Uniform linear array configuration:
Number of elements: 24
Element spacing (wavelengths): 1
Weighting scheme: binomial
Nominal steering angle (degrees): -15
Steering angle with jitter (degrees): -15.4
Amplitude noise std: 0.05
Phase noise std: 0.05

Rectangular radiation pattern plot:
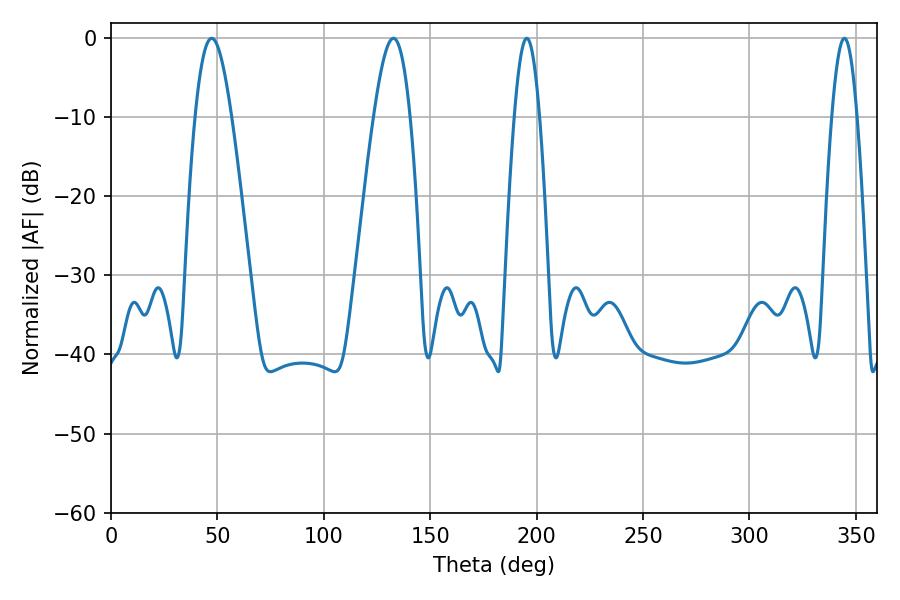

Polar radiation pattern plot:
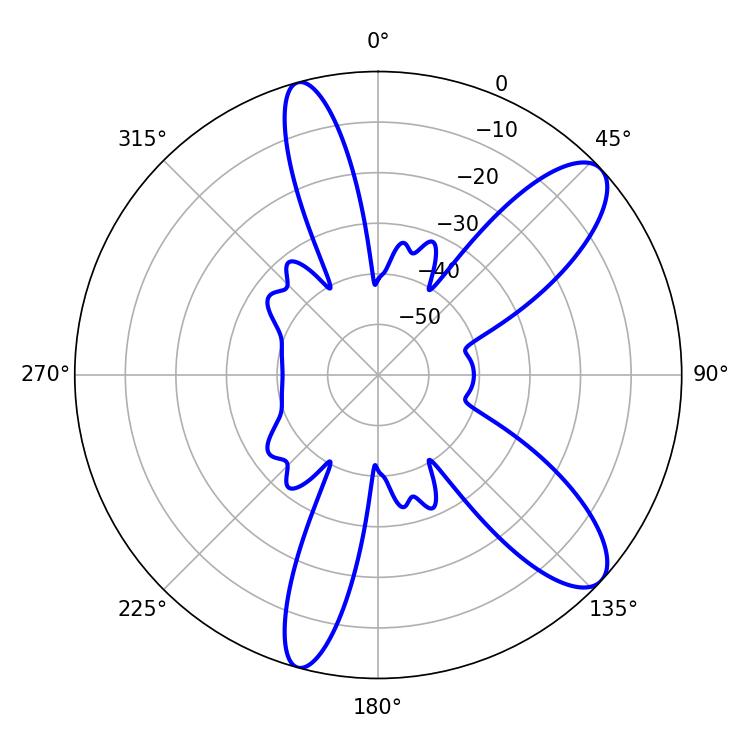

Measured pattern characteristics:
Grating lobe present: TRUE
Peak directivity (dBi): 10.12
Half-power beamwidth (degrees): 9.36
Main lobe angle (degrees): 47.34